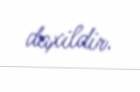
daxildir.